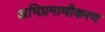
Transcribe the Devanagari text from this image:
अभिप्रमाणीकरण